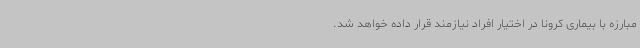
مبارزه با بیماری کرونا در اختیار افراد نیازمند قرار داده خواهد شد.